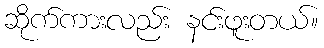
ဆိုက်ကားလည်း နင်းဖူးတယ်။